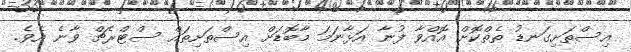
އިސްތަށިގަނޑު ތެތްކޮށް އޮއްވާ ފުނާ އަޅާނަމަ މާބޮޑަށް އިސްތަށިތައް ސްޓްރެޗް ވާނެ އެވެ.